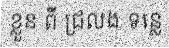
ខ្លួន ពី ជ្រលង ទន្លេ